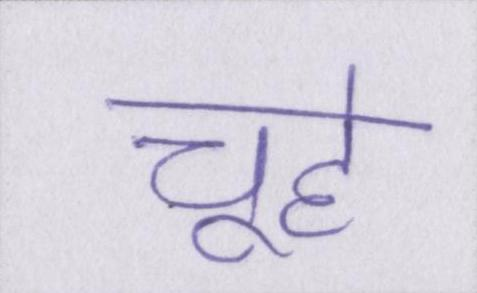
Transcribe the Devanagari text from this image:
चूहे